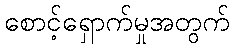
စောင့်ရှောက်မှုအတွက်